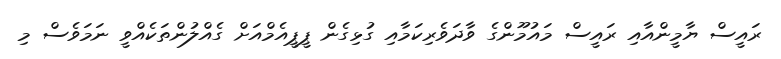
ރައީސް ޔާމީންއާއި ރައީސް މައުމޫންގެ ވާދަވެރިކަމާއި ގުޅިގެން ޕީޕީއެމްއަށް ގެއްލުންތަކެއްވީ ނަމަވެސް މި